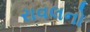
રાવલનો